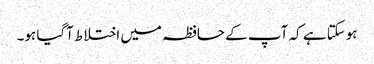
ہوسکتا ہے کہ آپ کے حافظہ میں اختلاط آگیا ہو۔